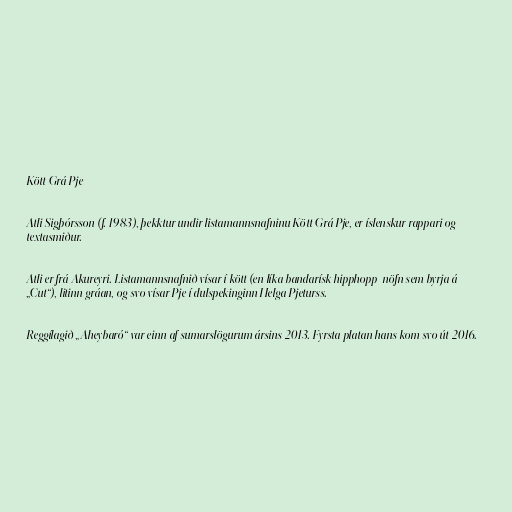
Kött Grá Pje

Atli Sigþórsson (f. 1983), þekktur undir listamannsnafninu Kött Grá Pje, er íslenskur rappari og
textasmiður.

Atli er frá Akureyri. Listamannsnafnið vísar í kött (en líka bandarísk hipphopp-nöfn sem byrja á
„Cut“), litinn gráan, og svo vísar Pje í dulspekinginn Helga Pjeturss.

Reggílagið „Aheybaró“ var einn af sumarslögurum ársins 2013. Fyrsta platan hans kom svo út 2016.